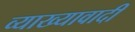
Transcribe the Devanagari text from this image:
व्याख्यावादी